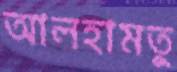
আলহামতু